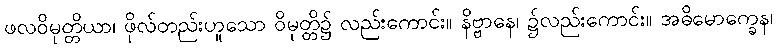
ဖလဝိမုတ္တိယာ၊ ဖိုလ်တည်းဟူသော ဝိမုတ္တိ၌ လည်းကောင်း။ နိဗ္ဗာနေ၊ ၌လည်းကောင်း။ အဓိမောက္ခေန၊